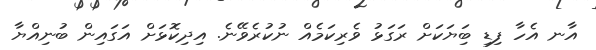
އާނ އެހާ ފިޑި ބިަޔަކަށް ރަގަޅު ވެރިކަމެއް ނުކުރެވޭނެ. އިދިކޮޅަށް އަގައިން ބުނިއްޔާ